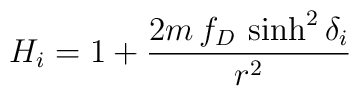
H_i = 1 + {2 m \, f_D \, \sinh^2\delta_i \over r^2}